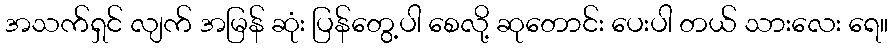
အသက်ရှင် လျက် အမြန် ဆုံး ပြန်တွေ့ပါ စေလို့ ဆုတောင်း ပေးပါ တယ် သားလေး ရေ။